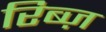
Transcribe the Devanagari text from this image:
रिब्ज़